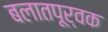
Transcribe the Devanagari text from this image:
बलातपूर्वक